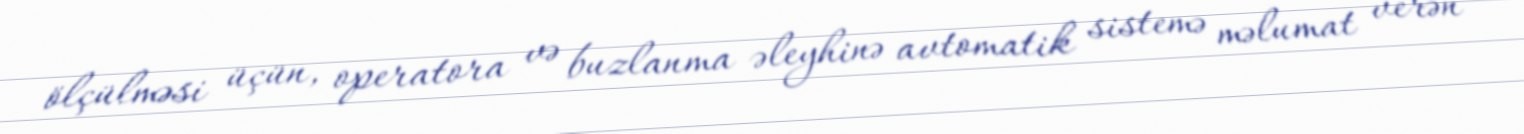
ölçülməsi üçün, operatora və buzlanma əleyhinə avtomatik sistemə məlumat verən